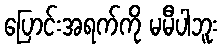
ပြောင်းအရက်ကို မမီပါဘူး